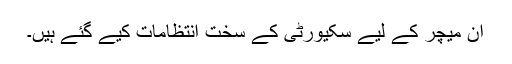
ان ميچر کے ليے سکیورٹی کے سخت انتظامات کيے گئے ہيں۔